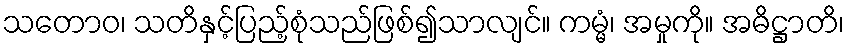
သတောဝ၊ သတိနှင့်ပြည့်စုံသည်ဖြစ်၍သာလျင်။ ကမ္မံ၊ အမှုကို။ အဓိဋ္ဌာတိ၊